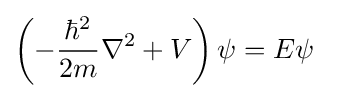
\left(-{\frac {\hbar ^{2}}{2m}}\nabla ^{2}+V\right)\psi =E\psi ~